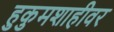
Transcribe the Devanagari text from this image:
हुकुमशाहीवर